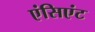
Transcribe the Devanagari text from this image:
एंसिएंट